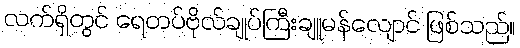
လက်ရှိတွင် ရေတပ်ဗိုလ်ချုပ်ကြီးချူမန်လျောင် ဖြစ်သည်။